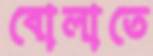
বোলাতে